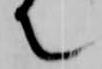
て